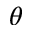
\theta